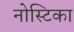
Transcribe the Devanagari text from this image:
नोस्टिका